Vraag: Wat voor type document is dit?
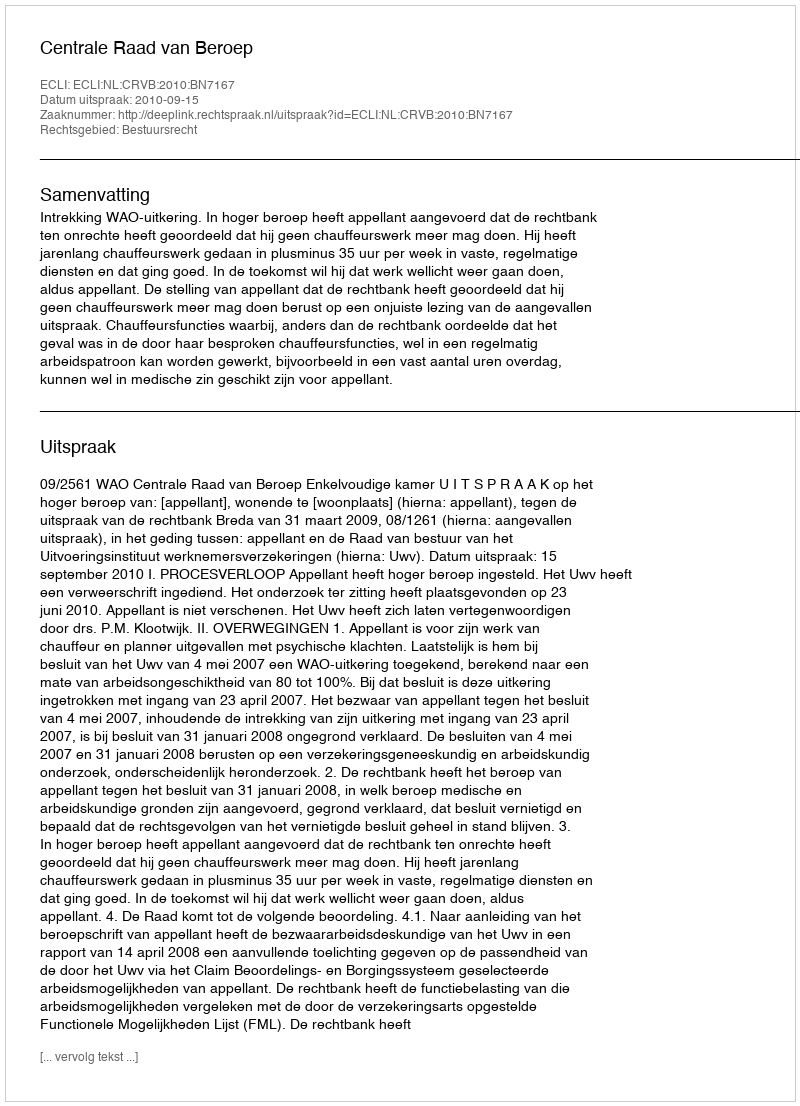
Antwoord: Uitspraak